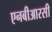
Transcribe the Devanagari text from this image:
एनबीआरसी